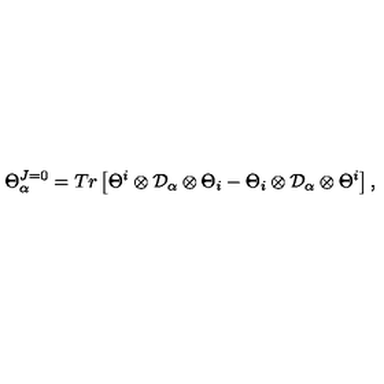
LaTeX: \Theta _ { \alpha } ^ { J = 0 } = T r \left[ \Theta ^ { i } \otimes { \cal D } _ { \alpha } \otimes \Theta _ { i } - \Theta _ { i } \otimes { \cal D } _ { \alpha } \otimes \Theta ^ { i } \right] ,